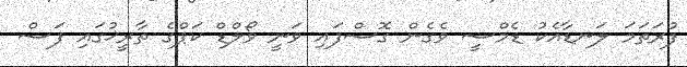
ފުރަތަމަ ލަނޑާއެކު ޑެމްސީ ވެގެން ގޮސްފައި ވަނީ ވޯލްޑް ކަޕްގެ ތާރީޚުގައި ފަސް